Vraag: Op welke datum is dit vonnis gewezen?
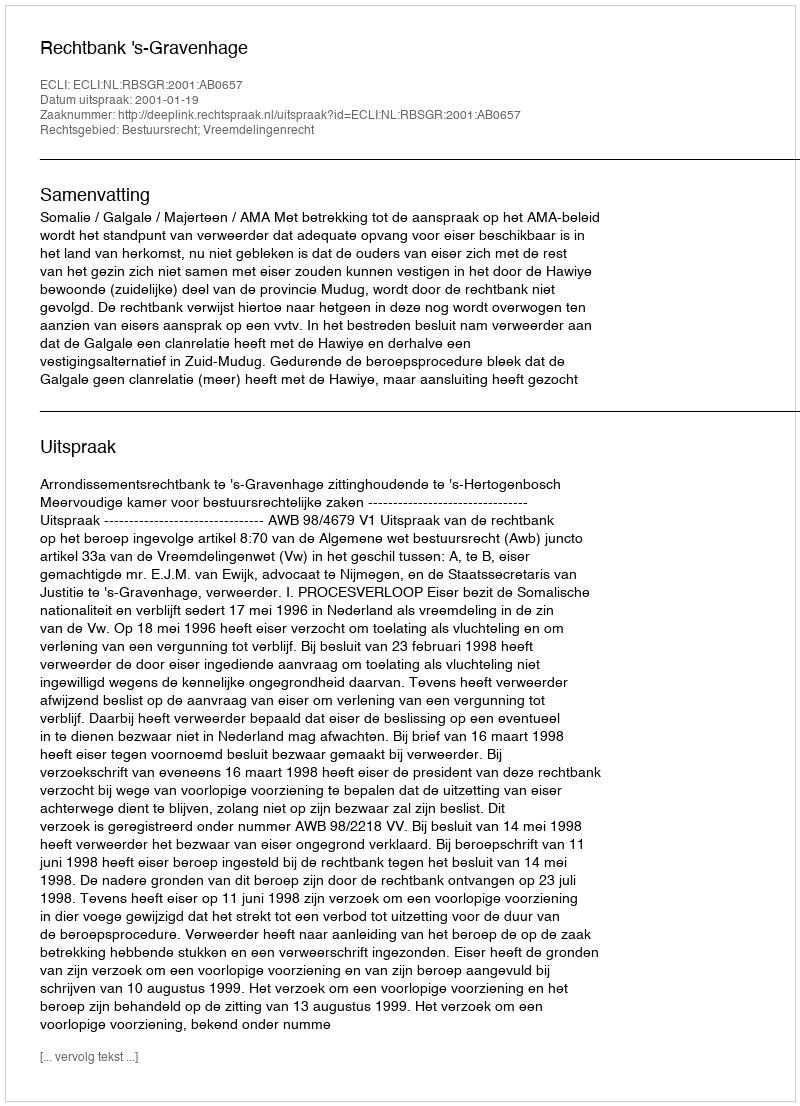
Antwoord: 2001-01-19